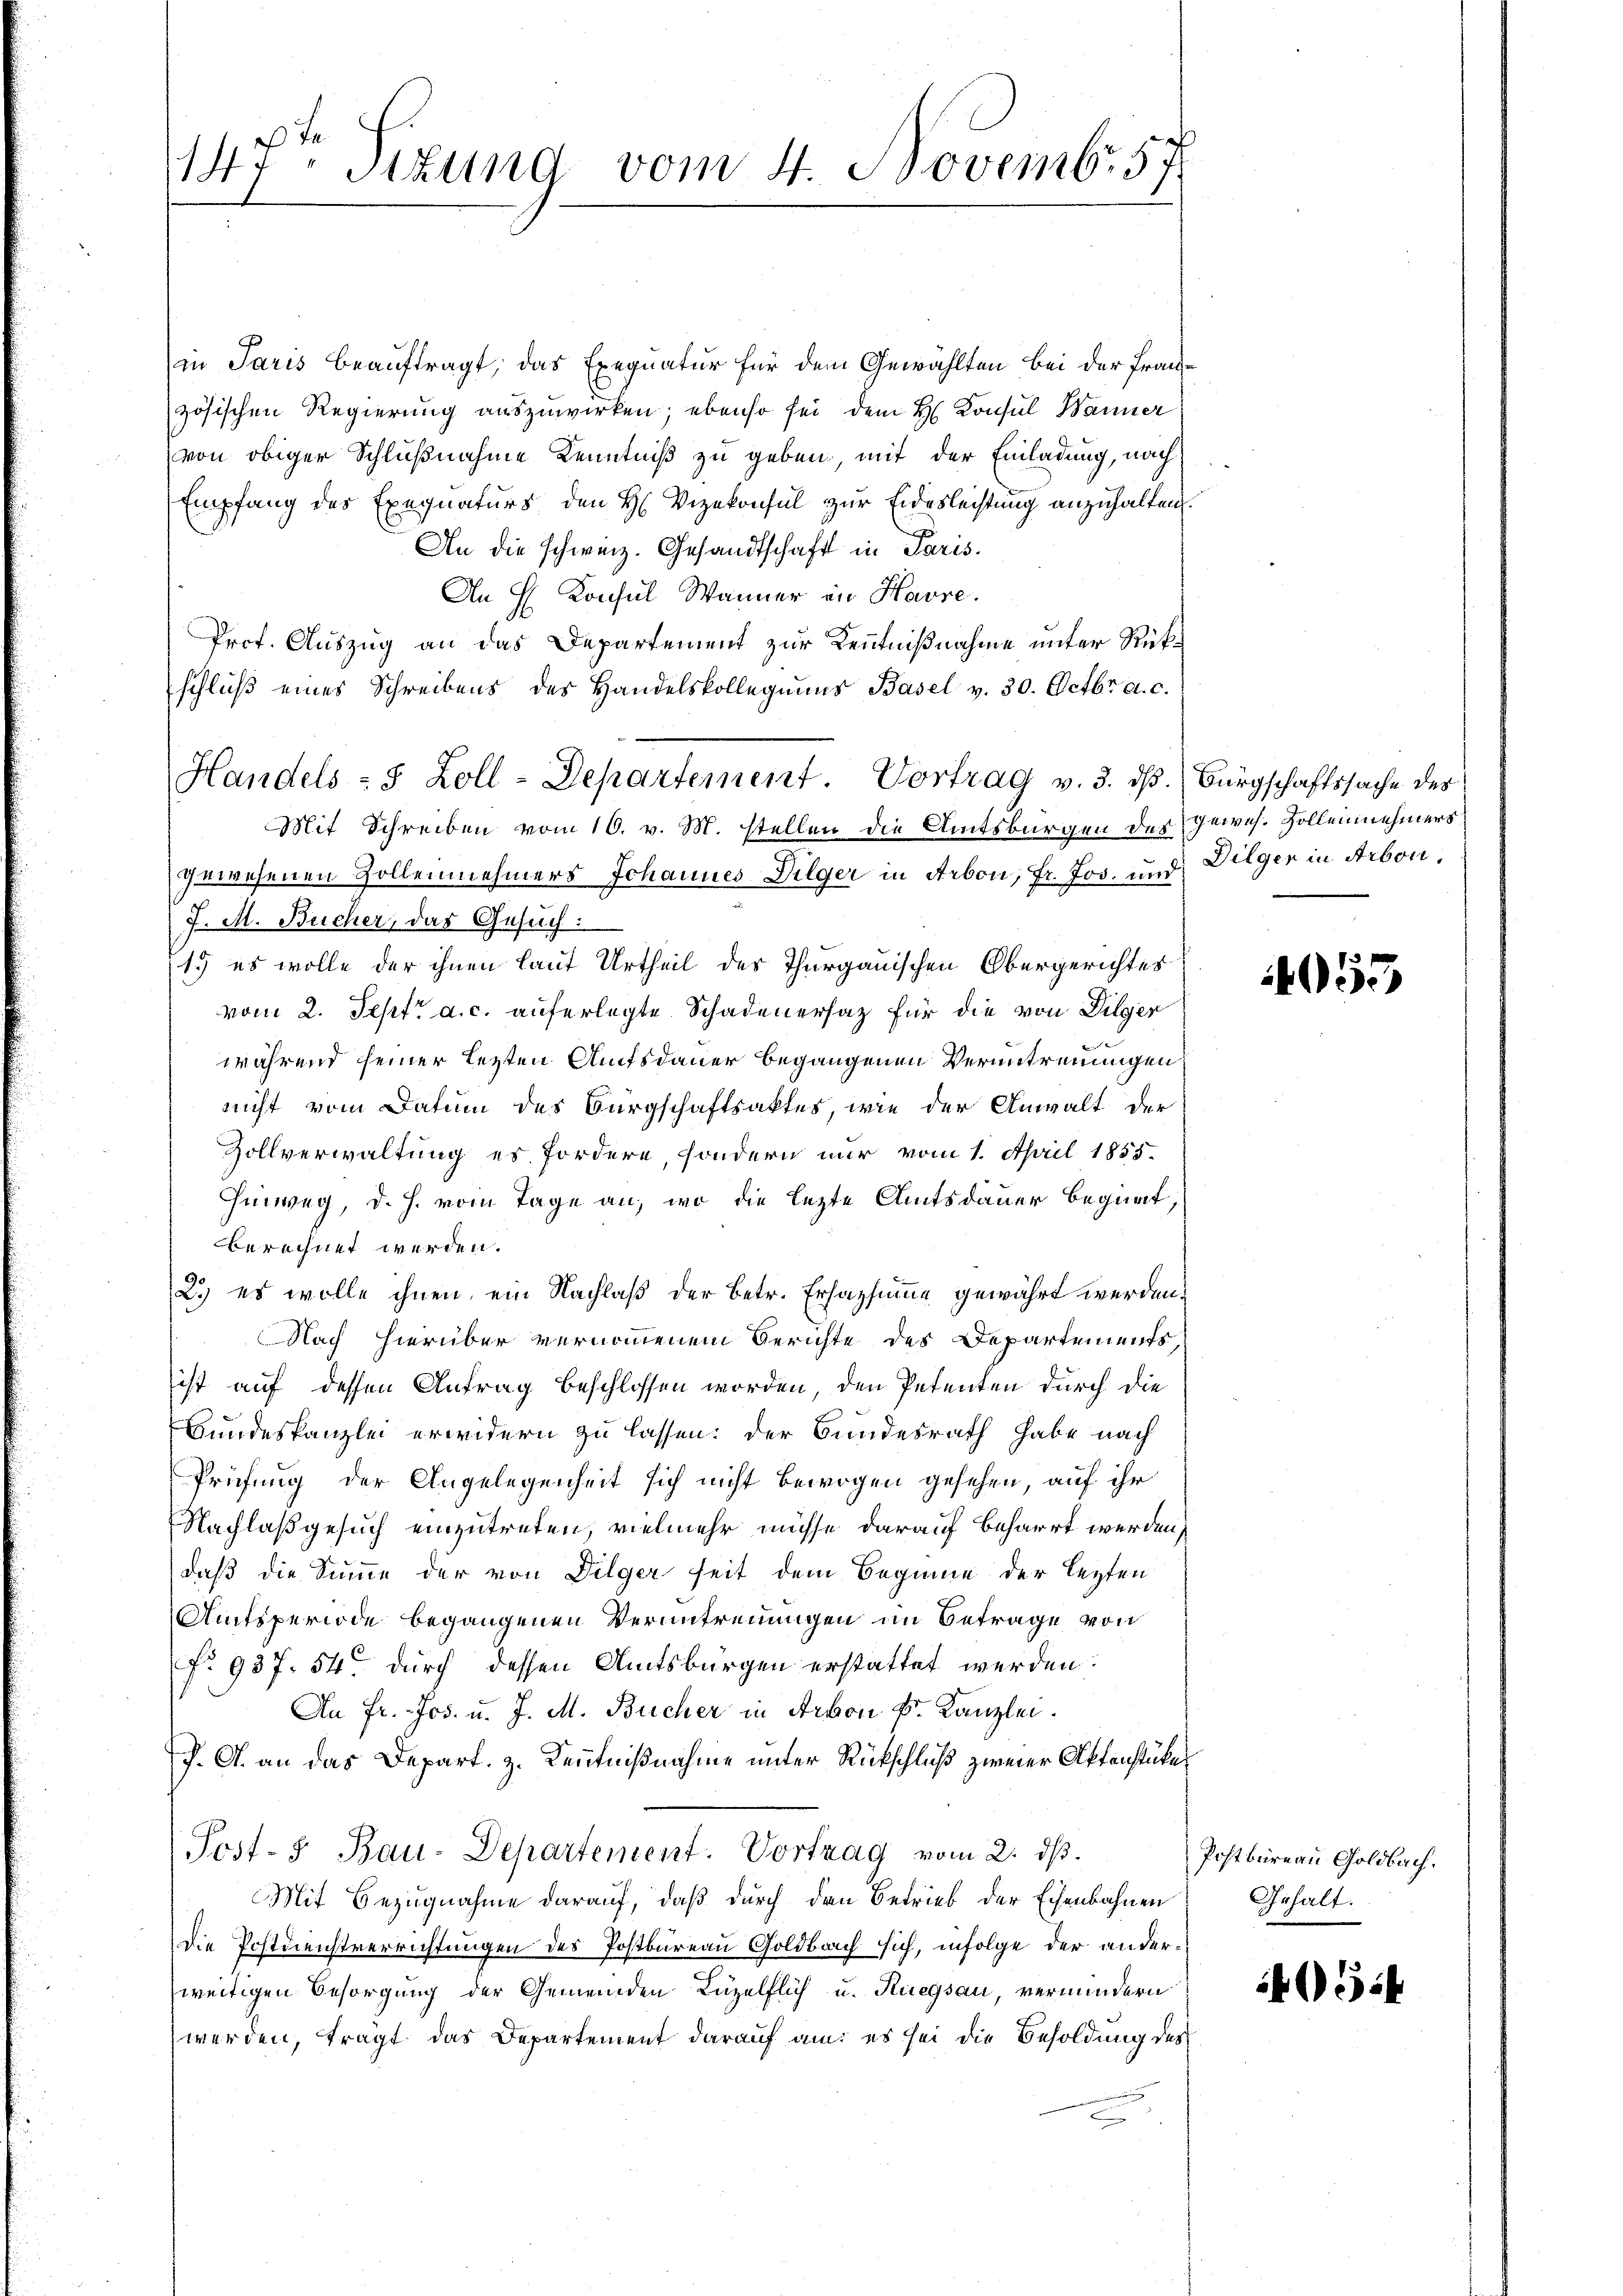
in Paris beauftragt, das Exequatur für dem Gewählten bei der Französischen Regierung auszuwirken; ebenso sei dem H. Konsul Wanner
von obiger Schlußnahme Kenntniß zu geben, mit der Einladung, nach
Empfang des Exequaturs den H. Vizekonsul zur Eidesleistung anzuhalten.
An die schweiz. Gesandtschaft in Paris.
An H. Konsul Wänner in Havre.
Prof. Auszug an das Departement zur Kenntnißnahme unter Rückschluß eines Schreibens des Handelskollegiums Basel v. 30. Octbr. a. c.
Handels- 5 Zoll-Departement Vortrag v. 3. dβ. Bürgschaftssache des
Mit Schreiben vom 10. v. M. stellen die Amtsbürgen der Gewes. Zollennehmers
gewesenen Zollennehmers Johannes Dilger in Arbon, Fr. Jos. und Dilger in Arbon,
J. M. Bücher, das Gesuch:
1. es wolle der ihnen laut Urtheil des Thurgauischen Obergerichtes
vom 2. Sept. a. c. auferlegte Schadenersatz für die von Pilger
während seiner letzten Amtsdauer begangenen Veruntrennungen
nicht vom Datum des Bürgschaftsaktes, wie der Anwalt der
Zollverwaltung es fordere, sondern nur vom 1. April 1855.
Hinweg, d. h. vom Tage an, wo die lezte Amtsdauer begnat
berechnet werden.
2.) es wolle ihnen, ein Nachlaß der betr. Ersazsumme gewährt werden.
Nach hierüber vernommenem Berichte des Departements,
ist auf dessen Antrag beschlossen worden, den Petenten durch die
Bundeskanzlei erwidern zu lassen: der Bundesrath habe nach
Prüfung der Angelegenheit sich nicht bewogen gesehen, auf ihr
Nachlaß gesuch einzutreten, vielmehr müsse darauf beharrt werden,
daß die Summe der von Dilger seit dem Beginne der lezten
Amtsperiode begangenen Verantreuungen im Betrage von
No 937. 54 durch dessen Amtsbürgen erstattet werden.
An Fr. Jos. u. J. M. Bücher in Arbon k. Kanzlei.
P. G. an das Depart. z. Kenntnißnahme unter Rückschluß zweier Aktenstükes
Post- & Bau-Departement. Vortrag vom 2. ds.
Mit Bezugnahme darauf, daß durch den Betrieb der Eisenbahnen
Die Postdienstverrichtungen des Postbureau Goldbach sich, infolge der anderweitigen Besorgung der Gemeinden Luzelflich u. Ruegsau, vermindern
werden, tragt das Departement darauf am es sei die Besoldung des

147. Sitzung
vom 4. Novemb. 57.

055

Postbüreau Goldbach.
Gehalt.

54